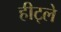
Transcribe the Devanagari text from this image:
हीट्ले